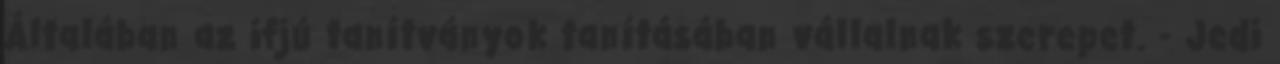
Általában az ifjú tanítványok tanításában vállalnak szerepet. - Jedi